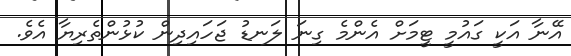
އޭނާ އަކީ ގައުމީ ޓީމަށް އެންމެ ގިނަ ލަނޑު ޖަހައިދިން ކުޅުންތެރިޔާ އެވެ.